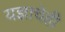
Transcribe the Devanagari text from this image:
यज्ञाचेही